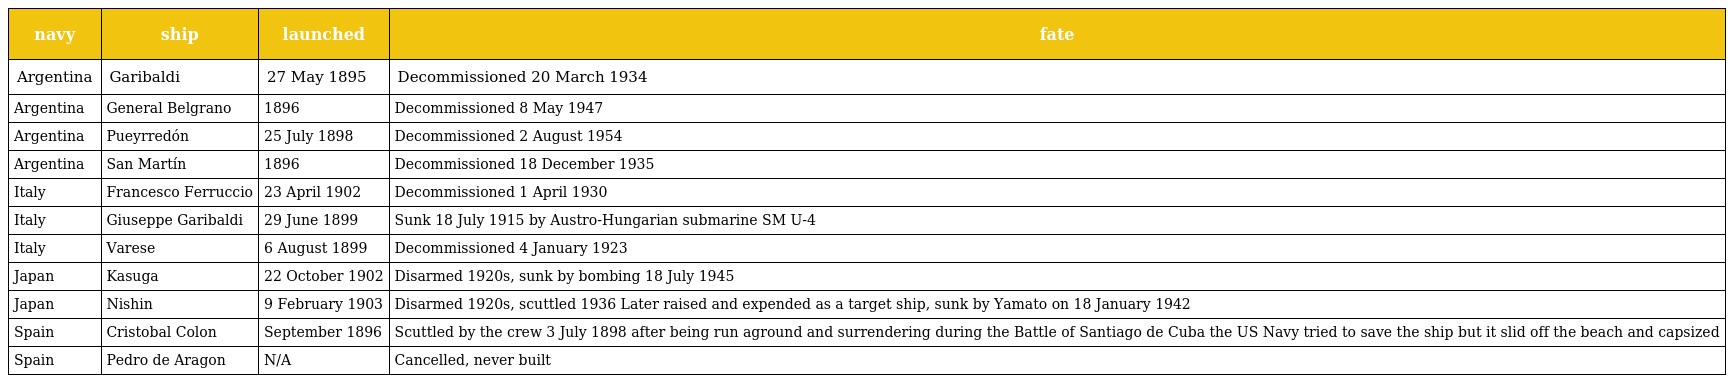
| navy | ship | launched | fate |
 | --- | --- | --- | --- |
 | Argentina | Garibaldi | 27 May 1895 | Decommissioned 20 March 1934 |
 | Argentina | General Belgrano | 1896 | Decommissioned 8 May 1947 |
 | Argentina | Pueyrredón | 25 July 1898 | Decommissioned 2 August 1954 |
 | Argentina | San Martín | 1896 | Decommissioned 18 December 1935 |
 | Italy | Francesco Ferruccio | 23 April 1902 | Decommissioned 1 April 1930 |
 | Italy | Giuseppe Garibaldi | 29 June 1899 | Sunk 18 July 1915 by Austro-Hungarian submarine SM U-4 |
 | Italy | Varese | 6 August 1899 | Decommissioned 4 January 1923 |
 | Japan | Kasuga | 22 October 1902 | Disarmed 1920s, sunk by bombing 18 July 1945 |
 | Japan | Nishin | 9 February 1903 | Disarmed 1920s, scuttled 1936 Later raised and expended as a target ship, sunk by Yamato on 18 January 1942 |
 | Spain | Cristobal Colon | September 1896 | Scuttled by the crew 3 July 1898 after being run aground and surrendering during the Battle of Santiago de Cuba the US Navy tried to save the ship but it slid off the beach and capsized |
 | Spain | Pedro de Aragon | N/A | Cancelled, never built |